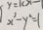
x ^ { 2 } - y ^ { 2 } = 1